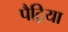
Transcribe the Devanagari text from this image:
पैट्रिया